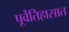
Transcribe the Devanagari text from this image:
पूर्वेतिहासात